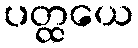
ပတ္ထယေ